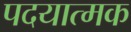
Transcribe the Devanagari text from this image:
पदयात्मक